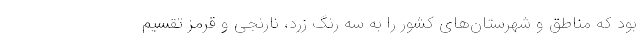
بود که مناطق و شهرستان‌های کشور را به سه رنگ زرد، نارنجی و قرمز تقسیم